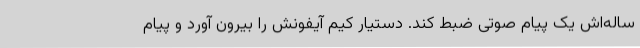
ساله‌اش یک پیام صوتی ضبط کند. دستیار کیم آیفونش را بیرون آورد و پیام